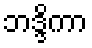
ဘဒ္ဒိကာ